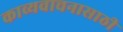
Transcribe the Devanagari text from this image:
काव्यवाचनासाठी